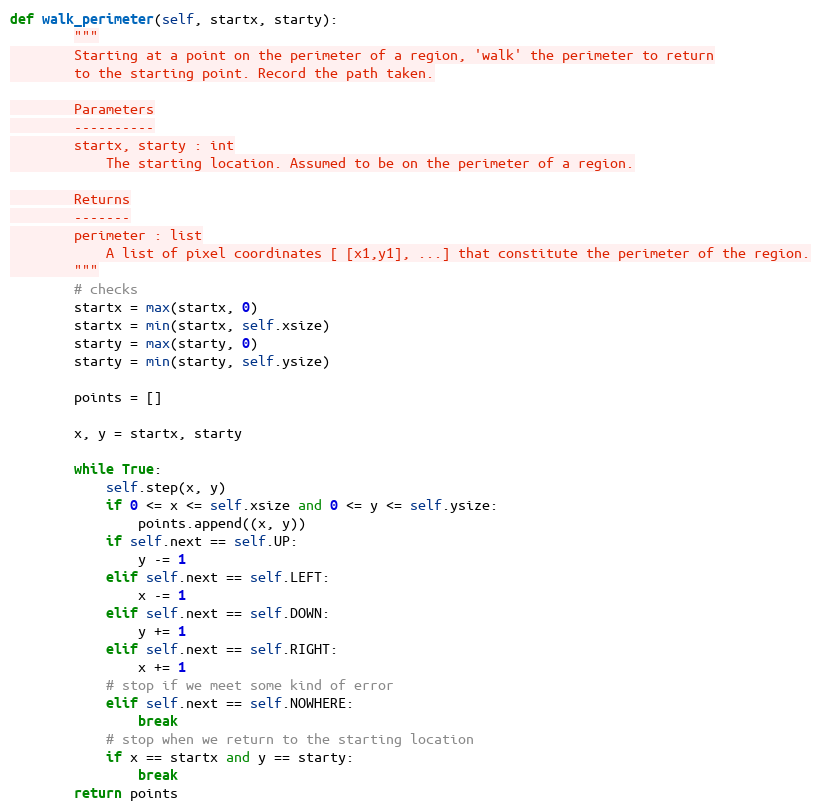
Language: Python
def walk_perimeter(self, startx, starty):
        """
        Starting at a point on the perimeter of a region, 'walk' the perimeter to return
        to the starting point. Record the path taken.

        Parameters
        ----------
        startx, starty : int
            The starting location. Assumed to be on the perimeter of a region.

        Returns
        -------
        perimeter : list
            A list of pixel coordinates [ [x1,y1], ...] that constitute the perimeter of the region.
        """
        # checks
        startx = max(startx, 0)
        startx = min(startx, self.xsize)
        starty = max(starty, 0)
        starty = min(starty, self.ysize)

        points = []

        x, y = startx, starty

        while True:
            self.step(x, y)
            if 0 <= x <= self.xsize and 0 <= y <= self.ysize:
                points.append((x, y))
            if self.next == self.UP:
                y -= 1
            elif self.next == self.LEFT:
                x -= 1
            elif self.next == self.DOWN:
                y += 1
            elif self.next == self.RIGHT:
                x += 1
            # stop if we meet some kind of error
            elif self.next == self.NOWHERE:
                break
            # stop when we return to the starting location
            if x == startx and y == starty:
                break
        return points